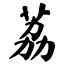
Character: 荔